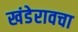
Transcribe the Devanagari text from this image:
खंडेरावचा